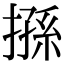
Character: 搎